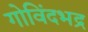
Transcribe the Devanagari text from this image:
गोविंदभद्र